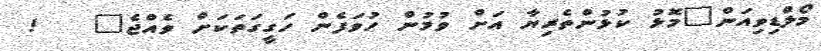
މޯލްޑިވިއަން"މޮޅު ކުޅުންތެރިޔާ އަށް ވުމުން ހުވަފެން ހަގީގަތަކަށް ވެއްޖެ"   !